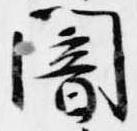
闇